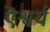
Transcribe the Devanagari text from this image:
ऎश्वर्य